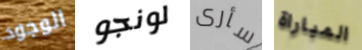
الوجود لونجو سأرى المباراة